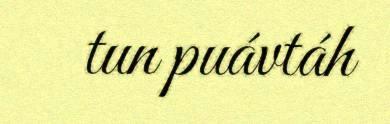
tun puávtáh